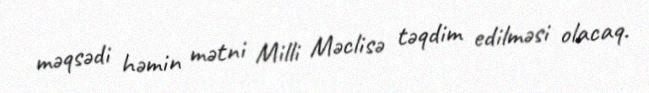
məqsədi həmin mətni Milli Məclisə təqdim edilməsi olacaq.